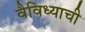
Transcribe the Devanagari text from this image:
वैविध्याची